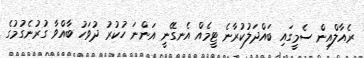
ރެއާލްއިން ސެމީގައި ބައްދަލުކުރާނެ ޓީމެއް އެނގޭނީ އަންނަ ހުކުރު ދުވަހު ބާއްވާ ގުރުނެގުމުގެ